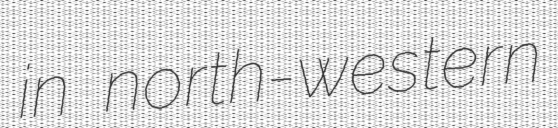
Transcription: in north-western